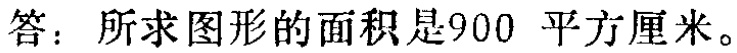
答：所求图形的面积是900 平方厘米。